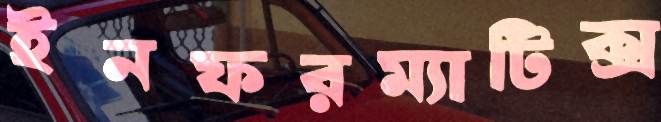
ইনফরম্যাটিক্স